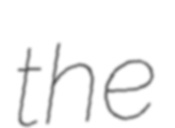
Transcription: the